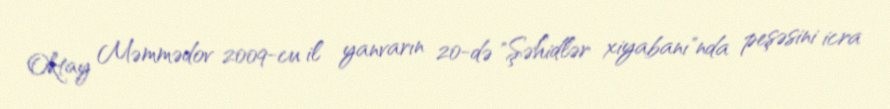
Oktay Məmmədov 2009-cu il yanvarın 20-də "Şəhidlər xiyabanı"nda peşəsini icra